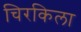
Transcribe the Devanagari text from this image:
चिरकिला